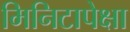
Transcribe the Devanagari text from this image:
मिनिटापेक्षा